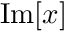
\mathrm { I m } [ x ]